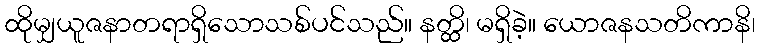
ထိုမျှယူဇနာတရာရှိသောသစ်ပင်သည်။ နတ္ထိ၊ မရှိခဲ့။ ယောဇနသတိကာနိ၊